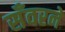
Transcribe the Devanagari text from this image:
सँवरने